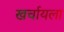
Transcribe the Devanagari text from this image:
खर्चायला